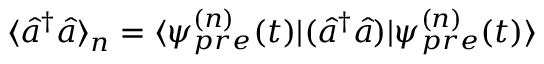
\langle \hat { a } ^ { \dagger } \hat { a } \rangle _ { n } = \langle \psi _ { p r e } ^ { ( n ) } ( t ) | ( \hat { a } ^ { \dagger } \hat { a } ) | \psi _ { p r e } ^ { ( n ) } ( t ) \rangle